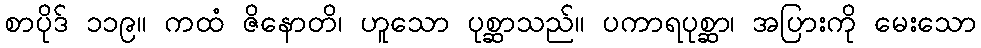
စာပိုဒ် ၁၁၉။ ကထံ ဇိနောတိ၊ ဟူသော ပုစ္ဆာသည်။ ပကာရပုစ္ဆာ၊ အပြားကို မေးသော